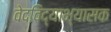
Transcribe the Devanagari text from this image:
वेदविद्याभ्यासक